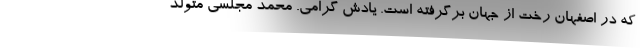
که در اصفهان رخت از جهان برگرفته است. یادش گرامی. محمد مجلسی متولد